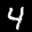
Label: 4